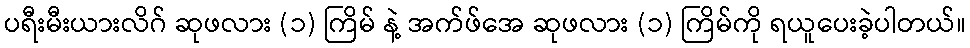
ပရီးမီးယားလိဂ် ဆုဖလား (၁) ကြိမ် နဲ့ အက်ဖ်အေ ဆုဖလား (၁) ကြိမ်ကို ရယူပေးခဲ့ပါတယ်။